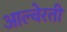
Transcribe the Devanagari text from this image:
आल्वेरती